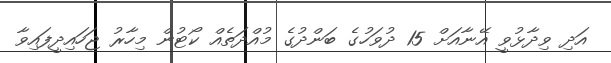
އަދި ވިދާޅުވީ އޭނާއަށް 15 ދުވަހުގެ ބަންދުގެ މުއްދަތެއް ކޯޓުން މިހާރު ޖަހައިދީފައިވާ